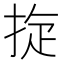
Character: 𢭀